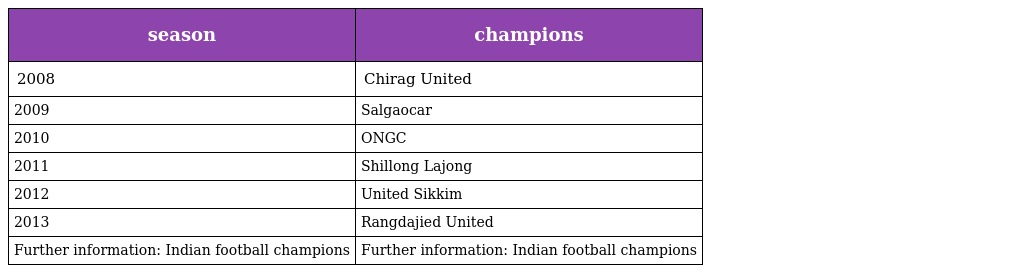
| season | champions |
 | --- | --- |
 | 2008 | Chirag United |
 | 2009 | Salgaocar |
 | 2010 | ONGC |
 | 2011 | Shillong Lajong |
 | 2012 | United Sikkim |
 | 2013 | Rangdajied United |
 | Further information: Indian football champions | Further information: Indian football champions |